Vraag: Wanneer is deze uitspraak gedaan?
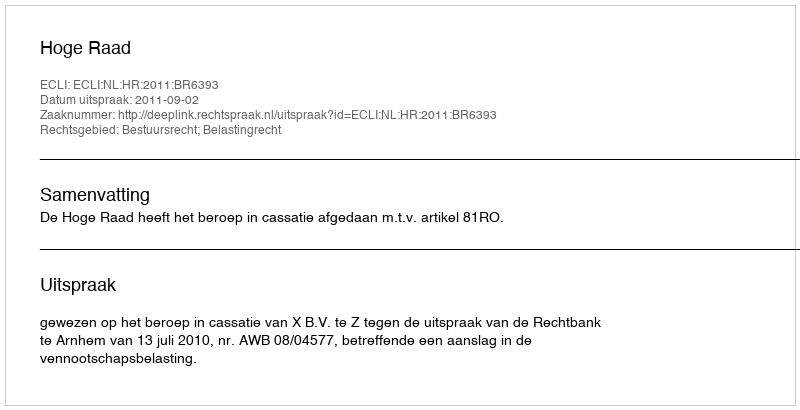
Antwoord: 2011-09-02